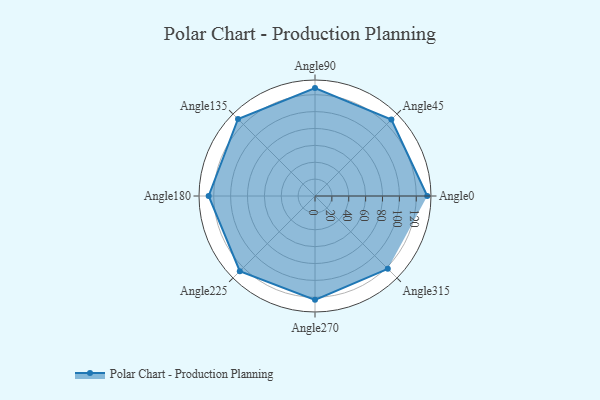
{"axis": {"x": "Angle", "y": "Radius"}, "legend": [""], "data": [{"x": "Angle0", "y": 133.0, "type": ""}, {"x": "Angle45", "y": 128.0, "type": ""}, {"x": "Angle90", "y": 128.0, "type": ""}, {"x": "Angle135", "y": 129.0, "type": ""}, {"x": "Angle180", "y": 126.0, "type": ""}, {"x": "Angle225", "y": 126.0, "type": ""}, {"x": "Angle270", "y": 123.0, "type": ""}, {"x": "Angle315", "y": 122.0, "type": ""}]}